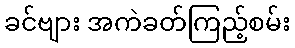
ခင်ဗျား အကဲခတ်ကြည့်စမ်း